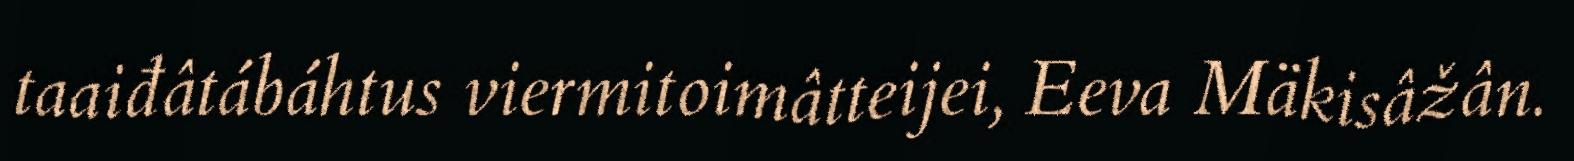
taaiđâtábáhtus viermitoimâtteijei, Eeva Mäkisâžân.